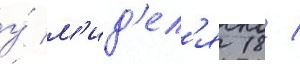
у́ м'ид'ел'я 18 /